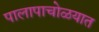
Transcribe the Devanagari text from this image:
पालापाचोळयात